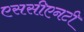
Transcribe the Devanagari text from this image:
एससीएनटी